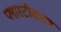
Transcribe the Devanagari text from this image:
प्लास्टीकरण